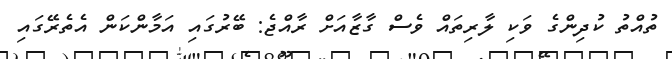
ތުއްތު ކުދިންގެ ވަކި ލާރިތައް ވެސް ގާޒާއަށް ރާއްޖެ: ބޭރުގައި އަމާންކަން އެތެރޭގައި